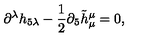
\partial ^ { \lambda } h _ { 5 \lambda } - \frac { 1 } { 2 } \partial _ { 5 } \tilde { h } _ { \mu } ^ { \mu } = 0 ,